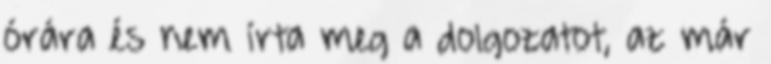
órára és nem írta meg a dolgozatot, az már